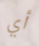
أي